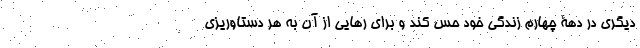
دیگری در دهۀ چهارم زندگی خود حس کند و برای رهایی از آن به هر دستاوریزی